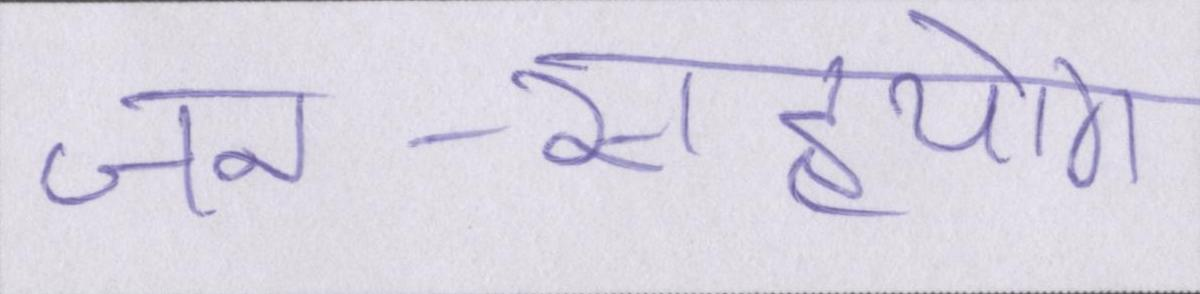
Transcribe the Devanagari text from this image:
जन-सहयोग